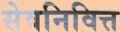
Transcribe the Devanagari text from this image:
सेवनिवित्त